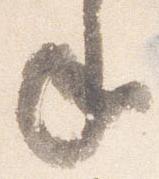
年